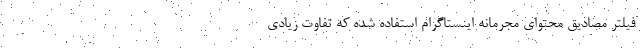
فیلتر مصادیق محتوای مجرمانه اینستاگرام استفاده شده که تفاوت زیادی